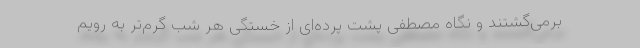
برمی‌گشتند و نگاه مصطفی پشت پرده‌ای از خستگی هر شب گرم‌تر به رویم